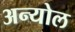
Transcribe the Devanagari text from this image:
अन्योल